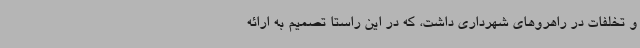
و تخلفات در راهروهای شهرداری داشت، که در این راستا تصمیم به ارائه